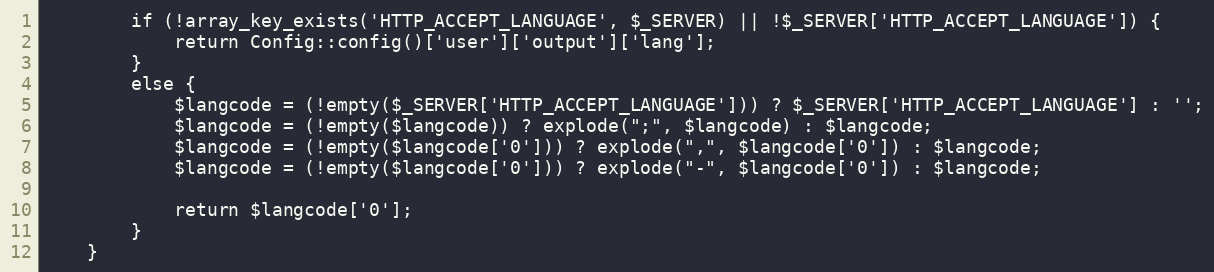
Language: PHP
        if (!array_key_exists('HTTP_ACCEPT_LANGUAGE', $_SERVER) || !$_SERVER['HTTP_ACCEPT_LANGUAGE']) {
            return Config::config()['user']['output']['lang'];
        }
        else {
            $langcode = (!empty($_SERVER['HTTP_ACCEPT_LANGUAGE'])) ? $_SERVER['HTTP_ACCEPT_LANGUAGE'] : '';
            $langcode = (!empty($langcode)) ? explode(";", $langcode) : $langcode;
            $langcode = (!empty($langcode['0'])) ? explode(",", $langcode['0']) : $langcode;
            $langcode = (!empty($langcode['0'])) ? explode("-", $langcode['0']) : $langcode;

            return $langcode['0'];
        }
    }